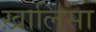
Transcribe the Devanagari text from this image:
ख़ालिसा